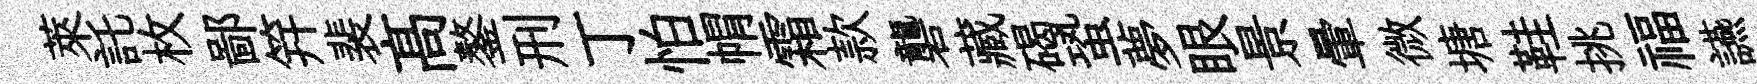
萊託枚鄙笄裴髙鏊刑丁怕㡌霜款礱藏碣蛩夢眼景暈微塘鞋挑福讌